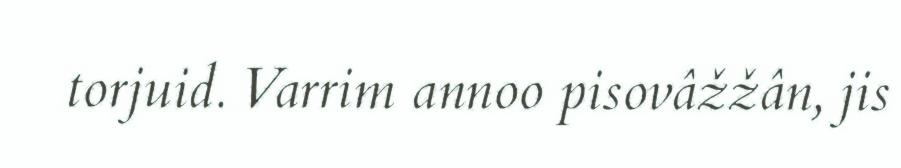
torjuid. Varrim annoo pisovâžžân, jis